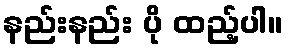
နည်းနည်း ပို ထည့်ပါ။